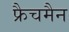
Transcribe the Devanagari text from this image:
फ्रैचमैन